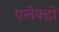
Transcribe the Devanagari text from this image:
एलेक्ट्रो